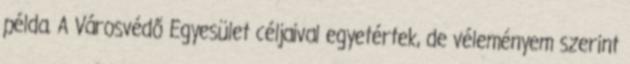
példa. A Városvédő Egyesület céljaival egyetértek, de véleményem szerint